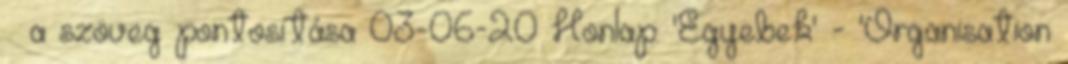
» a szöveg pontosítása 03-06-20 Honlap: 'Egyebek' - 'Organisation